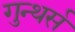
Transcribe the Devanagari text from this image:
गुन्थर्स